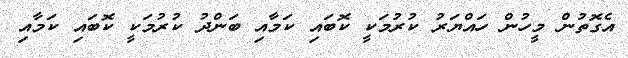
އެގޮތުން މީހުން ހައްޔަރު ކުރުމަކީ ކޮބައި ކަމާއި ބަންދު ކުރުމަކީ ކޮބައި ކަމާއި